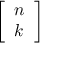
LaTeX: \left[ { \begin{array} { l } { n } \\ { k } \end{array} } \right]